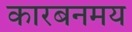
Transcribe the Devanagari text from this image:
कारबनमय